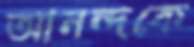
আনন্দকে